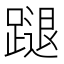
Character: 蹆